Annual administration report of the Civil Veterinary Department of India - 1894-1895
Year: 1894
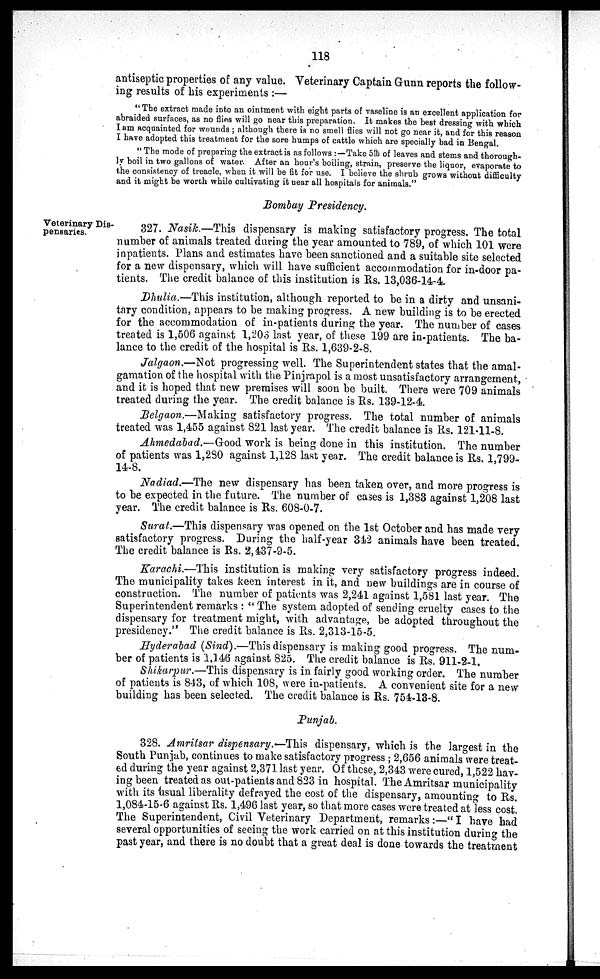
118
antiseptic properties of any value. Veterinary Captain Gunn reports the follow-
ing results of his experiments :—
" The extract made into an ointment with eight parts of vaseline is an excellent application for
abraided surfaces, as no flies will go near this preparation. It makes the best dressing with which
I am acquainted for wounds ; although there is no smell flies will not go near it, and for this reason
I have adopted this treatment for the sore humps of cattle which are specially bad in Bengal.
" The mode of preparing the extract is as follows :—Take 5 lb of leaves and stems and thorough-
ly boil in two gallons of water. After an hour's boiling, strain, preserve the liquor, evaporate to
the consistency of treacle, when it will be fit for use. I believe the shrub grows without difficulty
and it might be worth while cultivating it near all hospitals for animals."
Bombay Presidency.
Veterinary Dis-
pensaries.
327. Nasik.—This dispensary is making satisfactory progress. The total
number of animals treated during the year amounted to 789, of which 101 were
inpatients. Plans and estimates have been sanctioned and a suitable site selected
for a new dispensary, which will have sufficient accommodation for in-door pa-
tients. The credit balance of this institution is Rs. 13,036-14-4.
Dhulia.—This institution, although reported to be in a dirty and unsani-
tary condition, appears to be making progress. A new building is to be erected
for the accommodation of in-patients during the year. The number of cases
treated is 1,506 against 1,203 last year, of these 199 are in-patients. The ba-
lance to the credit of the hospital is Rs. 1,639-2-8.
Jalgaon.—Not progressing well. The Superintendent states that the amal-
gamation of the hospital with the Pinjrapol is a most unsatisfactory arrangement,
and it is hoped that new premises will soon be built. There were 709 animals
treated during the year. The credit balance is Rs. 139-12-4.
Belgaon.—Making satisfactory progress. The total number of animals
treated was 1,455 against 821 last year. The credit balance is Rs. 121-11-8.
Ahmedabad.—Good work is being done in this institution. The number
of patients was 1,280 against 1,128 last year. The credit balance is Rs. 1,799-
14-8.
Nadiad.—The new dispensary has been taken over, and more progress is
to be expected in the future. The number of cases is 1,383 against 1,208 last
year. The credit balance is Rs. 608-0-7.
Surat.—This dispensary was opened on the 1st October and has made very
satisfactory progress. During the half-year 342 animals have been treated.
The credit balance is Rs. 2,437-9-5.
Karachi.—This institution is making very satisfactory progress indeed.
The municipality takes keen interest in it, and new buildings are in course of
construction. The number of patients was 2,241 against 1,581 last year. The
Superintendent remarks : " The system adopted of sending cruelty cases to the
dispensary for treatment might, with advantage, be adopted throughout the
presidency." The credit balance is Rs. 2,313-15-5.
Hyderabad (Sind).—This dispensary is making good progress. The num-
ber of patients is 1,146 against 825. The credit balance is Rs. 911-2-1.
Shikarpur.—This dispensary is in fairly good working order. The number
of patients is 843, of which 108, were in-patients. A convenient site for a new
building has been selected. The credit balance is Rs. 754-13-8.
Punjab.
328. Amritsar dispensary.—This dispensary, which is the largest in the
South Punjab, continues to make satisfactory progress ; 2,656 animals were treat-
ed during the year against 2,371 last year. Of these, 2,343 were cured, 1,522 hav-
ing been treated as out-patients and 823 in hospital. The Amritsar municipality
with its usual liberality defrayed the cost of the dispensary, amounting to Rs.
1,084-15-6 against Rs. 1,496 last year, so that more cases were treated at less cost.
The Superintendent, Civil Veterinary Department, remarks :—" I have had
several opportunities of seeing the work carried on at this institution during the
past year, and there is no doubt that a great deal is done towards the treatment